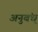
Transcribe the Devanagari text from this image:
अनुबंध्